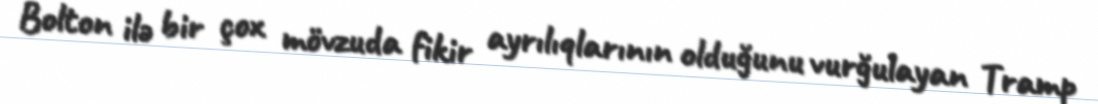
Bolton ilə bir çox mövzuda fikir ayrılıqlarının olduğunu vurğulayan Tramp